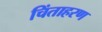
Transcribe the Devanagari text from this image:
चिंताहरण